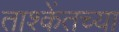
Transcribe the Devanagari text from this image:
ताश्केंतच्या